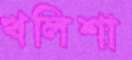
খলিশা